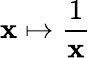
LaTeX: \mathbf{x}\mapsto{\frac{{1}}{{\mathbf{x}}}}